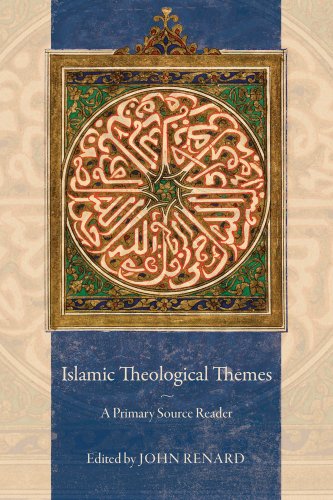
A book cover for Islamic Theological Themes: A Primary Source Reader; Religion & Spirituality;